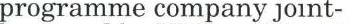
programme company joint-